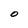
Character: O